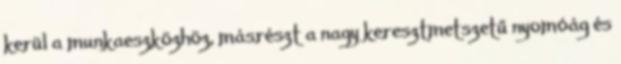
kerül a munkaeszközhöz, másrészt a nagy keresztmetszetű nyomóág és